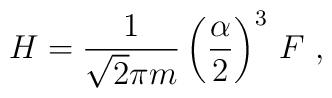
H = \frac{1}{\sqrt{2}\pi m} \left(\frac{\alpha}{2}\right)^3 \, F \ ,